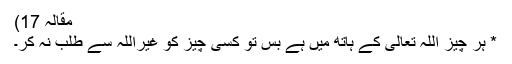
مقالہ 17)
* ہر چیز اللہ تعالیٰ کے ہاتھ میں ہے بس تو کسی چیز کو غیراللہ سے طلب نہ کر۔